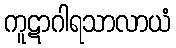
ကူဋာဂါရသာလာယံ